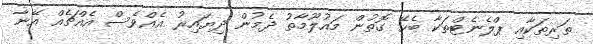
ތަރިތަކާއި ޕްލެނެޓްތަކާ ބެހޭ ގޮތުން މައުލޫމާތު ދެމުން ދިޔައިރު އެއްވެސް އެއްޗެއް އޭނާ